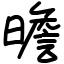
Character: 曕